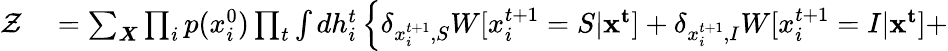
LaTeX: \begin{array}{rl}{\mathcal{Z}}&{{}=\sum_{\boldsymbol{X}}\prod_{i}p(x_{i}^{0})\prod_{t}\int dh_{i}^{t}\left\{ \delta_{x_{i}^{t+1},S}W[x_{i}^{t+1}=S|\mathbf{x^{t}}]+\delta_{x_{i}^{t+1},I}W[x_{i}^{t+1}=I|\mathbf{x^{t}}]+\right.}\end{array}